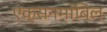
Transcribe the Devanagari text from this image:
एक्सनमोबिल